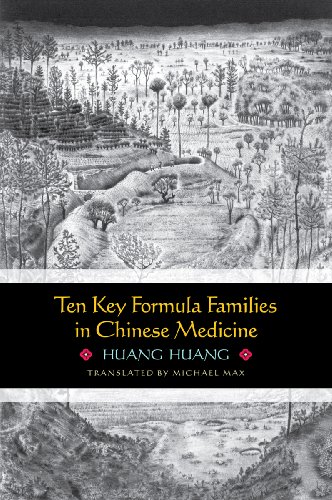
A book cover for Ten Key Formula Families in Chinese Medicine; Huang Huang; Health, Fitness & Dieting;